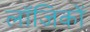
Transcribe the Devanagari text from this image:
लॉजिकों